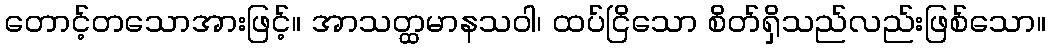
တောင့်တသောအားဖြင့်။ အာသတ္ထမာနသဝါ၊ ထပ်ငြိသော စိတ်ရှိသည်လည်းဖြစ်သော။